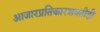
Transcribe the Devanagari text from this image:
आजारप्रतिकारशक्तीही